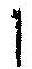
1